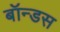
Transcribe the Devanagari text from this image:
बॉन्डस